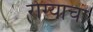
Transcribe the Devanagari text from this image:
रोग्याचा